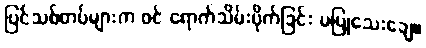
ပြင်သစ်တပ်များက ဝင် ရောက်သိမ်းပိုက်ခြင်း မပြုသေးချေ။